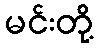
မင်းတို့